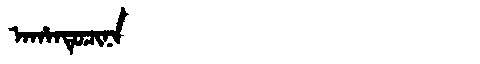
Manchu: ᠠᡥᠠᠨᡨᡠᠴᡳᠨᠠ
Romanization: AHANTUCINA